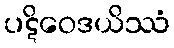
ပဋိဝေဒယိဿံ